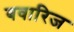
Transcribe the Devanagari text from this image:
बवारिज